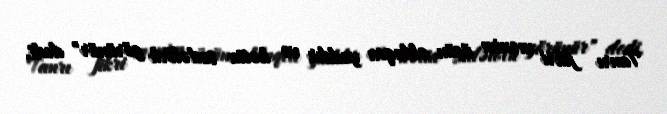
Tanrı fikri mənim üçün olduqca yaddır və hətta sadəlövh görünür" dedi.